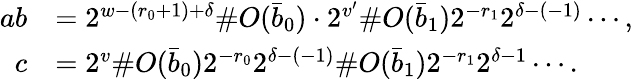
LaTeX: \begin{array}{rl}{ab}&{=2^{w-(r_{0}+1)+\delta}\# O(\bar{b}_{0})\cdot 2^{v^{\prime}}\# O(\bar{b}_{1})2^{-r_{1}}2^{\delta-(-1)}\cdots,}\\ {c}&{=2^{v}\# O(\bar{b}_{0})2^{-r_{0}}2^{\delta-(-1)}\# O(\bar{b}_{1})2^{-r_{1}}2^{\delta-1}\cdots.}\end{array}